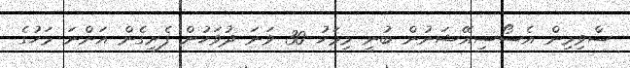
ސްވިމިން އެސޯސިއޭޝަނުން ބުނީ މިމަހު 30 ވަނަ ދުވަހުން ފެށިގެން އަންނަ މަހުގެ